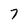
Character: 7